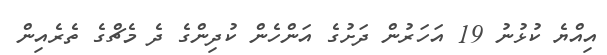
އިއްޔެ ކުޅުނު 19 އަހަރުން ދަށުގެ އަންހެން ކުދިންގެ ދެ މެޗްގެ ތެރެއިން